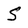
Character: S